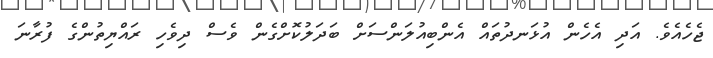
ޖެހެއެވެ. އަދި އެހެން އުޅަނދުތައް އެންބިއުލަންސަށް ބަދަލުކޮށްގެން ވެސް ދިވެހި ރައްޔިތުންގެ ފުރާނަ